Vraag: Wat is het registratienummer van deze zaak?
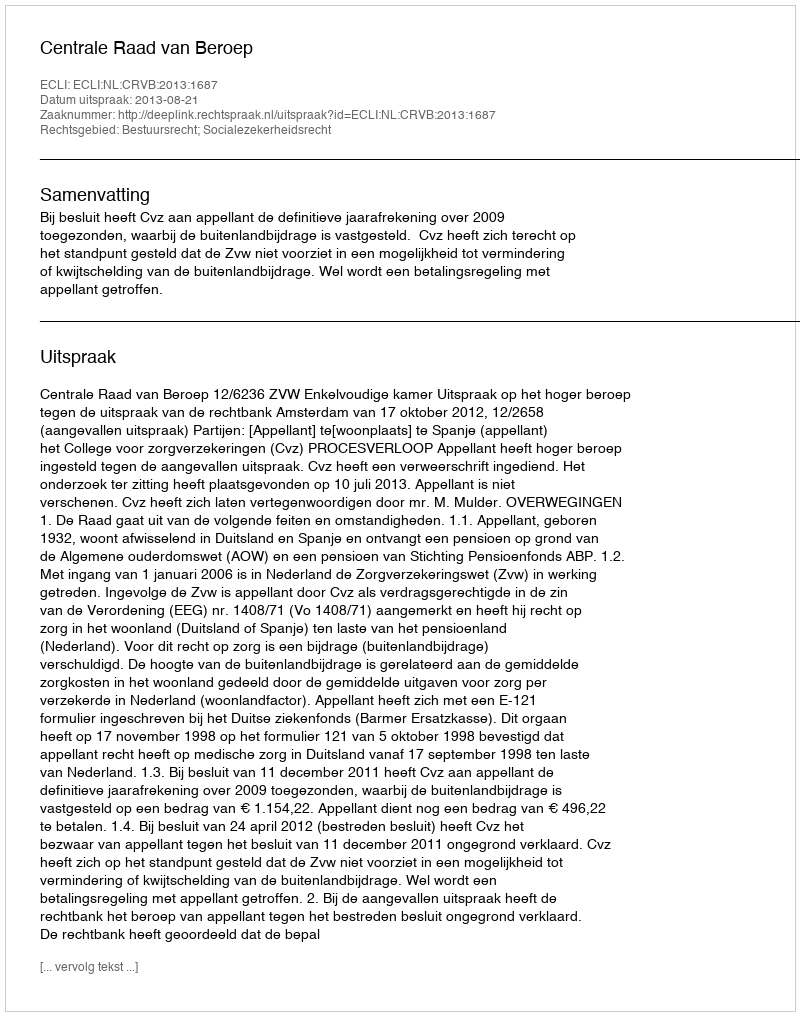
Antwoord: http://deeplink.rechtspraak.nl/uitspraak?id=ECLI:NL:CRVB:2013:1687